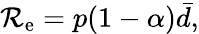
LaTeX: \mathcal{R}_{\mathrm{{e}}}=p(1-\alpha)\bar{{d}},